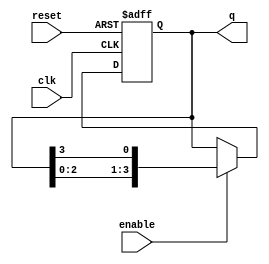
module ring_counter #(
    parameter N = 4  // Number of stages (flip-flops)
)(
    input wire clk,      // Clock input
    input wire reset,    // Reset input
    input wire enable,   // Enable input
    output reg [N-1:0] q // Output of the ring counter
);

// Internal signal to hold the next state
reg [N-1:0] next_q;

// Sequential logic for the ring counter
always @(posedge clk or posedge reset) begin
    if (reset) begin
        // Initialize the counter: only the first flip-flop is set to '1'
        q <= 1'b1; // Set the first flip-flop to '1'
    end else if (enable) begin
        // Update the state on the rising edge of the clock if enabled
        q <= next_q;
    end
end

// Combinational logic to determine the next state
always @(*) begin
    next_q = {q[N-2:0], q[N-1]}; // Shift left and wrap around
end

endmodule